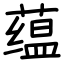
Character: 蕴